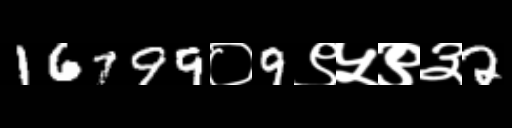
Text: 16799०9९५९३2